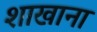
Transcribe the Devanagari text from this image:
शाखाना